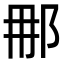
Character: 𮟯